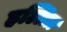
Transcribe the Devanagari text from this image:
हल्लित्र